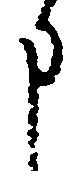
申